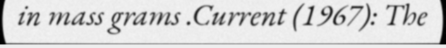
in mass grams .Current (1967): The